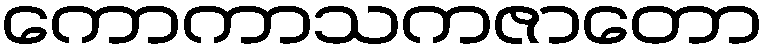
ကောကာသကဇာတော